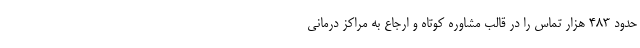
حدود ۴۸۳ هزار تماس را در قالب مشاوره کوتاه و ارجاع به مراکز درمانی